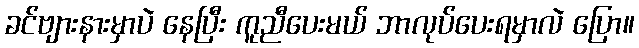
ခင်ဗျားနားမှာပဲ နေပြီး ကူညီပေးမယ် ဘာလုပ်ပေးရမှာလဲ ပြော။